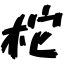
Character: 柁